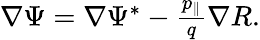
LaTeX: \begin{array}{r}{\nabla\Psi=\nabla\Psi^{\ast}-\frac{p_{\parallel}}{q}\nabla{R}.}\end{array}